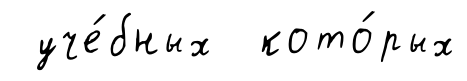
уче́бных кото́рых